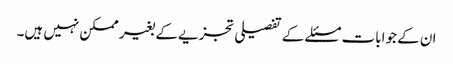
ان کے جوابات مسئلے کے تفصیلی تجزیے کے بغیر ممکن نہیں ہیں۔